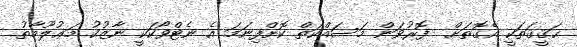
ޙަޤީޤަތަކީ އެގޮތަށް  ފޮރުވަން މަސައްކަތް ކޮށްފިނަމަ އެ ނެޓްވޯކަކީ ނާޒުކު މަޢުލޫމާތު